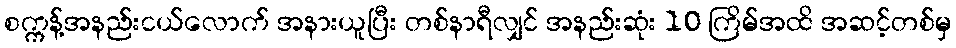
စက္ကန့်အနည်းငယ်လောက် အနားယူပြီး တစ်နာရီလျှင် အနည်းဆုံး 10 ကြိမ်အထိ အဆင့်တစ်မှ